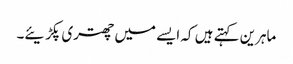
ماہرین کہتے ہیں کہ ایسے میں چھتری پکڑیئے۔